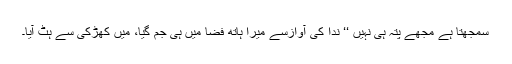
سمجھتا ہے مجھے پتہ ہی نہیں ‘‘ ندا کی آوازسے میرا ہاتھ فضا میں ہی جم گیا، میں کھڑکی سے ہٹ آیا۔